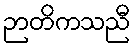
ဉာတိကသညီ